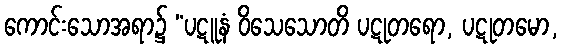
ကောင်းသောအရာ၌ “ပဋူနံ ဝိသေသောတိ ပဋုတရော, ပဋုတမော,